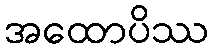
အထောပိဿ